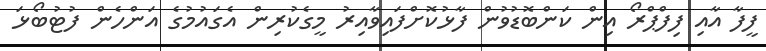
ފީފާ އާއި ފިފްޕްރޯ އިން ކަންބޮޑުވުން ފާޅުކޮށްފައިވާއިރު މީގެކުރިން އެގައުމުގެ އަންހެން ފުޓުބޯޅަ